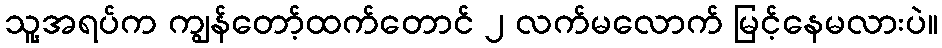
သူ့အရပ်က ကျွန်တော့်ထက်တောင် ၂ လက်မလောက် မြင့်နေမလားပဲ။